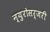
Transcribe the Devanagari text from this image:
न्युरोसर्जरी